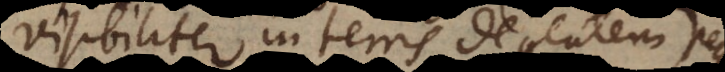
visibiliter in terris degentem)